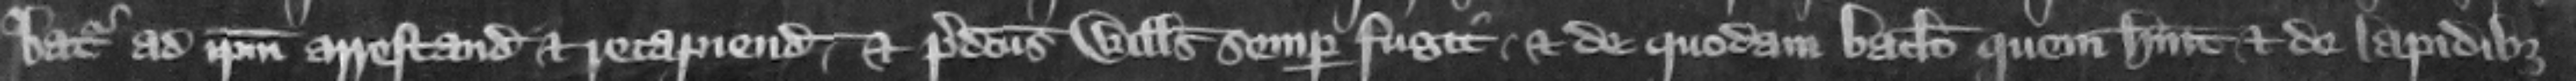
batur ad ipsum arrestandum et recapiendum. Et predictus Willelmus semper fugit et de quodam baculo quem habuit et de lapidibus